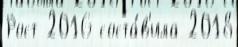
Рост 2016 соста́в'ила 2018